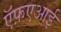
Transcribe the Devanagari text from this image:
ऍफ़एआई